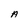
Character: A